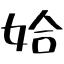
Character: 姶